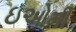
ઇઓમી